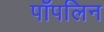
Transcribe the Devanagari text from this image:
पॉपलिन